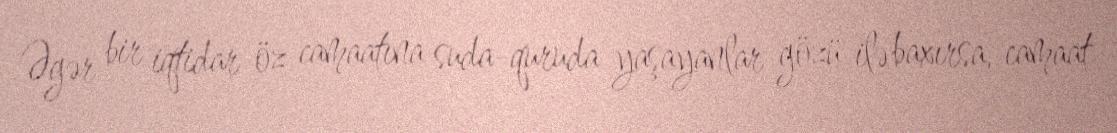
Əgər bir iqtidar öz camaatına suda-quruda yaşayanlar gözü ilə baxırsa, camaat